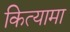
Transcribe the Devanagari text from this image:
कित्यामा